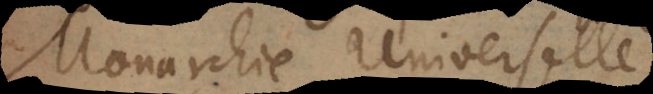
Monarchie Universelle;